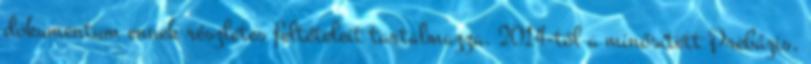
dokumentum ennek részletes feltételeit tartalmazza. 2014-től a minősített Prebázis,